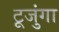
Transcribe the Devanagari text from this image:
टूजुंगा